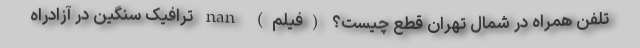
تلفن همراه در شمال تهران قطع چیست؟ (فیلم) nan ترافیک سنگین در آزادراه